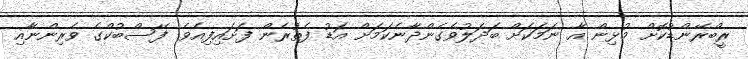
ރީބްރޭންޑުކޮށް މުޅިން އާ ނަމަކަށް ބަދަލުވެގެންދާނެކަމަށް އަޑު ފެތުރެން ފަށައިފިއެވެ. ފޭސްބުކްގެ ވެރިންނާއި